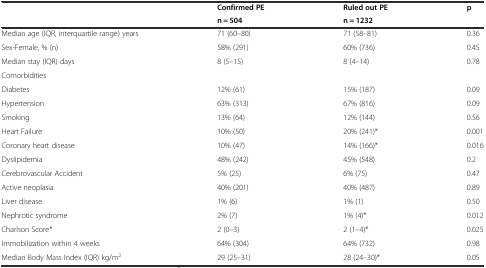
<table><thead><tr><td rowspan="2"></td><td><b>Confirmed PE</b></td><td><b>Ruled out PE</b></td><td rowspan="2"><b>p</b></td></tr><tr><td><b>n = 504</b></td><td><b>n = 1232</b></td></tr></thead><tbody><tr><td>Median age (IQR, interquartile range) years</td><td>71 (60–80)</td><td>71 (58–81)</td><td>0.36</td></tr><tr><td>Sex-Female, % (n)</td><td>58% (291)</td><td>60% (736)</td><td>0.45</td></tr><tr><td>Median stay (IQR) days</td><td>8 (5–15)</td><td>8 (4–14)</td><td>0.78</td></tr><tr><td colspan="4">Comorbidities</td></tr><tr><td>Diabetes</td><td>12% (61)</td><td>15% (187)</td><td>0.09</td></tr><tr><td>Hypertension</td><td>63% (313)</td><td>67% (816)</td><td>0.09</td></tr><tr><td>Smoking</td><td>13% (64)</td><td>12% (144)</td><td>0.56</td></tr><tr><td>Heart Failure</td><td>10% (50)</td><td>20% (241)*</td><td>0.001</td></tr><tr><td>Coronary heart disease</td><td>10% (47)</td><td>14% (166)*</td><td>0.016</td></tr><tr><td>Dyslipidemia</td><td>48% (242)</td><td>45% (548)</td><td>0.2</td></tr><tr><td>Cerebrovascular Accident</td><td>5% (25)</td><td>6% (75)</td><td>0.47</td></tr><tr><td>Active neoplasia</td><td>40% (201)</td><td>40% (487)</td><td>0.89</td></tr><tr><td>Liver disease</td><td>1% (6)</td><td>1% (1)</td><td>0.50</td></tr><tr><td>Nephrotic syndrome</td><td>2% (7)</td><td>1% (4)*</td><td>0.012</td></tr><tr><td>Charlson Score*</td><td>2 (0–3)</td><td>2 (1–4)*</td><td>0.025</td></tr><tr><td>Immobilization within 4 weeks</td><td>64% (304)</td><td>64% (732)</td><td>0.98</td></tr><tr><td>Median Body Mass Index (IQR) kg/m<sup>2</sup></td><td>29 (25–31)</td><td>28 (24–30)*</td><td>0.05</td></tr></tbody></table>